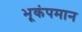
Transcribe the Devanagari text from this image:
भूकंपमान